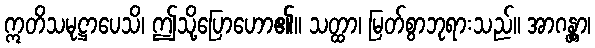
ဣတိသမုဋ္ဌာပေသိ၊ ဤသို့ပြောဟော၏။ သတ္ထာ၊ မြတ်စွာဘုရားသည်။ အာဂန္တွာ၊